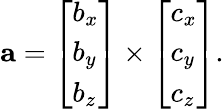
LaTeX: \mathbf{a}={\left[\begin{array}{l}{b_{x}}\\ {b_{y}}\\ {b_{z}}\end{array}\right]}\times{\left[\begin{array}{l}{c_{x}}\\ {c_{y}}\\ {c_{z}}\end{array}\right]}.